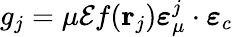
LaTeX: g_{j}=\mu\mathcal{E}f(\mathbf r_{j})\boldsymbol\varepsilon_{\mu}^{j}\cdot\boldsymbol\varepsilon_{c}